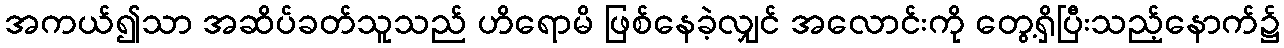
အကယ်၍သာ အဆိပ်ခတ်သူသည် ဟိရောမိ ဖြစ်နေခဲ့လျှင် အလောင်းကို တွေ့ရှိပြီးသည့်နောက်၌